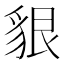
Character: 貇